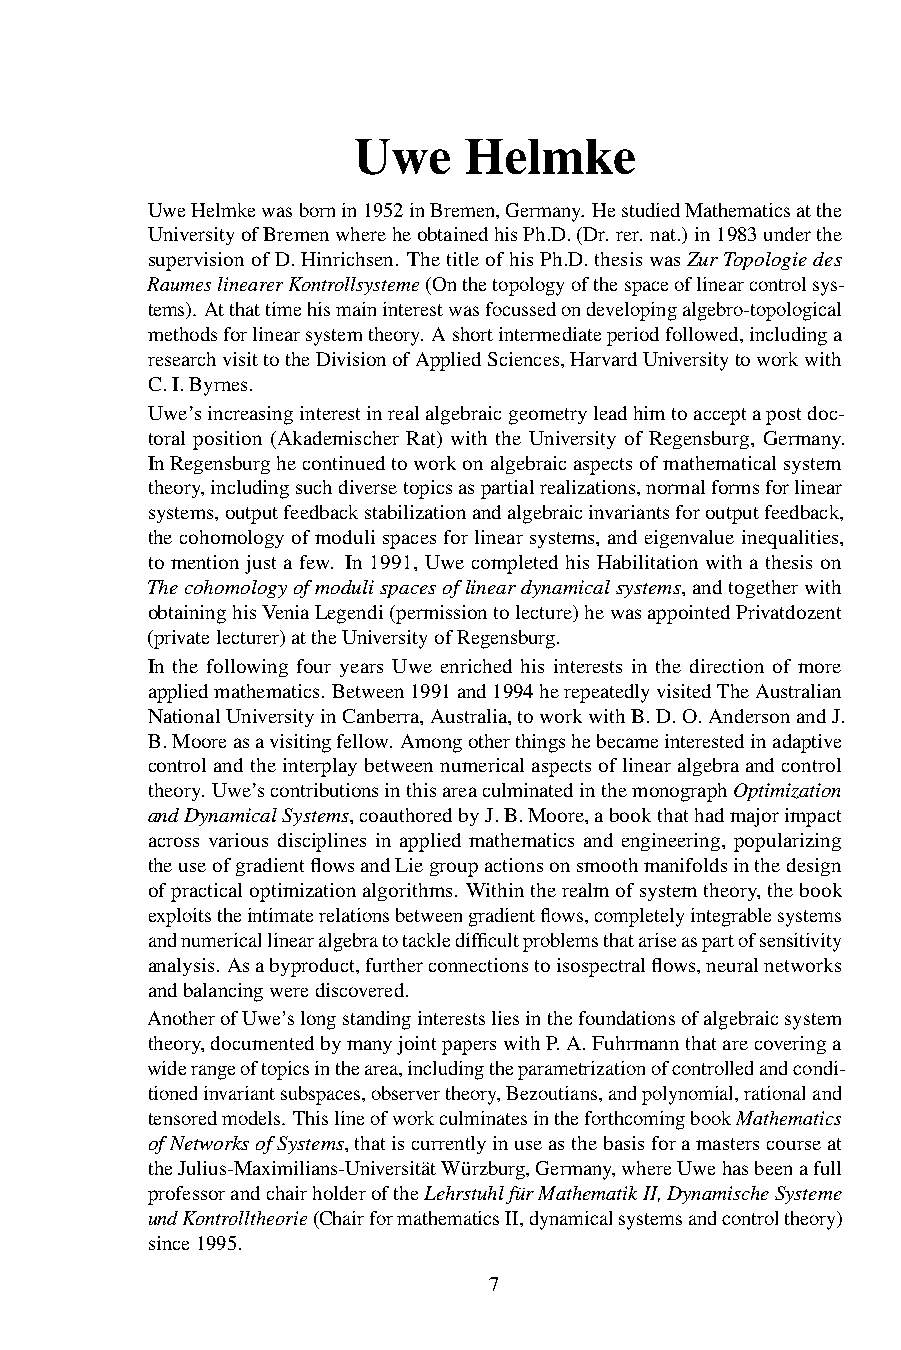
Uwe     Helmke
 UweHelmkewasbornin1952inBremen,Germany. HestudiedMathematicsatthe
 UniversityofBremenwhereheobtainedhisPh.D.(Dr. rer. nat.) in1983underthe
 supervisionofD.Hinrichsen. ThetitleofhisPh.D.thesiswasZurTopologiedes
 RaumeslinearerKontrollsysteme(Onthetopologyofthespaceoflinearcontrolsys-
 tems). Atthattimehismaininterestwasfocussedondevelopingalgebro-topological
 methodsforlinearsystemtheory. Ashortintermediateperiodfollowed,includinga
 researchvisittotheDivisionofAppliedSciences,HarvardUniversitytoworkwith
 C.I.Byrnes.
 Uwe’sincreasinginterestinrealalgebraicgeometryleadhimtoacceptapostdoc-
 toral position (Akademischer Rat) with the University of Regensburg, Germany.
 InRegensburghecontinuedtoworkonalgebraicaspectsofmathematicalsystem
 theory,includingsuchdiversetopicsaspartialrealizations,normalformsforlinear
 systems,outputfeedbackstabilizationandalgebraicinvariantsforoutputfeedback,
 thecohomologyofmodulispacesforlinearsystems, andeigenvalueinequalities,
 to mention just a few. In 1991, Uwe completed his Habilitation with a thesis on
 Thecohomologyofmodulispacesoflineardynamicalsystems,andtogetherwith
 obtaininghisVeniaLegendi(permissiontolecture)hewasappointedPrivatdozent
 (privatelecturer)attheUniversityofRegensburg.
 In the following four years Uwe enriched his interests in the direction of more
 appliedmathematics. Between1991and1994herepeatedlyvisitedTheAustralian
 NationalUniversityinCanberra,Australia,toworkwithB.D.O.AndersonandJ.
 B.Mooreasavisitingfellow. Amongotherthingshebecameinterestedinadaptive
 controlandtheinterplaybetweennumericalaspectsoflinearalgebraandcontrol
 theory. Uwe’scontributionsinthisareaculminatedinthemonographOptimization
 andDynamicalSystems,coauthoredbyJ.B.Moore,abookthathadmajorimpact
 across various disciplines in applied mathematics and engineering, popularizing
 theuseofgradientflowsandLiegroupactionsonsmoothmanifoldsinthedesign
 ofpracticaloptimizationalgorithms. Withintherealmofsystemtheory,thebook
 exploitstheintimaterelationsbetweengradientflows,completelyintegrablesystems
 andnumericallinearalgebratotackledifficultproblemsthatariseaspartofsensitivity
 analysis. Asabyproduct,furtherconnectionstoisospectralflows,neuralnetworks
 andbalancingwerediscovered.
 AnotherofUwe’slongstandinginterestsliesinthefoundationsofalgebraicsystem
 theory,documentedbymanyjointpaperswithP.A.Fuhrmannthatarecoveringa
 widerangeoftopicsinthearea,includingtheparametrizationofcontrolledandcondi-
 tionedinvariantsubspaces,observertheory,Bezoutians,andpolynomial,rationaland
 tensoredmodels. ThislineofworkculminatesintheforthcomingbookMathematics
 ofNetworksofSystems,thatiscurrentlyinuseasthebasisforamasterscourseat
 theJulius-Maximilians-UniversitätWürzburg,Germany,whereUwehasbeenafull
 professorandchairholderoftheLehrstuhlfürMathematikII,DynamischeSysteme
 undKontrolltheorie(ChairformathematicsII,dynamicalsystemsandcontroltheory)
 since1995.
 7